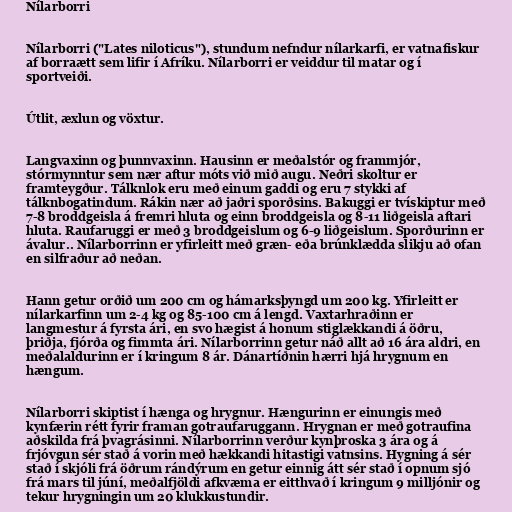
Nílarborri

Nílarborri ("Lates niloticus"), stundum nefndur nílarkarfi, er vatnafiskur
af borraætt sem lifir í Afríku. Nílarborri er veiddur til matar og í
sportveiði.

Útlit, æxlun og vöxtur.

Langvaxinn og þunnvaxinn. Hausinn er meðalstór og frammjór,
stórmynntur sem nær aftur móts við mið augu. Neðri skoltur er
framteygður. Tálknlok eru með einum gaddi og eru 7 stykki af
tálknbogatindum. Rákin nær að jaðri sporðsins. Bakuggi er tvískiptur með
7-8 broddgeisla á fremri hluta og einn broddgeisla og 8-11 liðgeisla aftari
hluta. Raufaruggi er með 3 broddgeislum og 6-9 liðgeislum. Sporðurinn er
ávalur.. Nílarborrinn er yfirleitt með græn- eða brúnklædda slikju að ofan
en silfraður að neðan.

Hann getur orðið um 200 cm og hámarksþyngd um 200 kg. Yfirleitt er
nílarkarfinn um 2-4 kg og 85-100 cm á lengd. Vaxtarhraðinn er
langmestur á fyrsta ári, en svo hægist á honum stiglækkandi á öðru,
þriðja, fjórða og fimmta ári. Nílarborrinn getur náð allt að 16 ára aldri, en
meðalaldurinn er í kringum 8 ár. Dánartíðnin hærri hjá hrygnum en
hængum.

Nílarborri skiptist í hænga og hrygnur. Hængurinn er einungis með
kynfærin rétt fyrir framan gotraufaruggann. Hrygnan er með gotraufina
aðskilda frá þvagrásinni. Nílarborrinn verður kynþroska 3 ára og á
frjóvgun sér stað á vorin með hækkandi hitastigi vatnsins. Hygning á sér
stað í skjóli frá öðrum rándýrum en getur einnig átt sér stað í opnum sjó
frá mars til júní, meðalfjöldi afkvæma er eitthvað í kringum 9 milljónir og
tekur hrygningin um 20 klukkustundir.